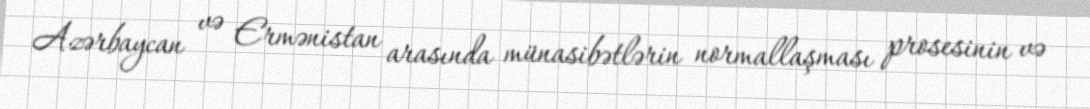
Azərbaycan və Ermənistan arasında münasibətlərin normallaşması prosesinin və